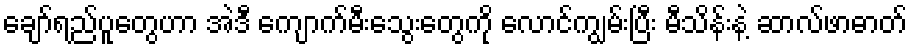
ချော်ရည်ပူတွေဟာ အဲဒီ ကျောက်မီးသွေးတွေကို လောင်ကျွမ်းပြီး မီသိန်းနဲ့ ဆာလ်ဖာဓာတ်